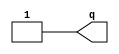
/* Generated by Yosys 0.43+11 (git sha1 49f547782, clang++ 14.0.0-1ubuntu1.1 -fPIC -Os) */

(* src = "./test.v:1.1-5.10" *)
module vfebcfe_vb2eccd(q);
  (* src = "./test.v:2.12-2.13" *)
  output q;
  wire q;
  assign q = 1'h1;
endmodule